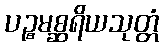
ပဉ္စမစ္ဆရိယသုတ္တံ